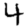
Digit: 4